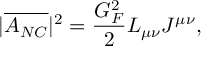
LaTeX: | \overline { { { A _ { N C } } } } | ^ { 2 } = \frac { G _ { F } ^ { 2 } } { 2 } L _ { \mu \nu } J ^ { \mu \nu } ,